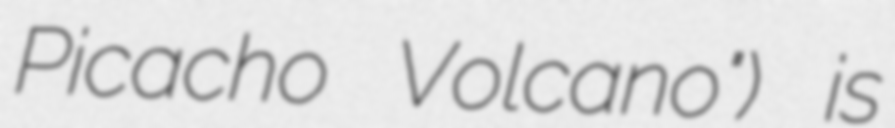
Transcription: Picacho Volcano") is